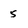
Character: 5